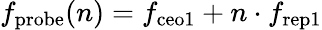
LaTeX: f_{\mathrm{probe}}(n)=f_{\mathrm{ceo1}}+n\cdot f_{\mathrm{rep1}}